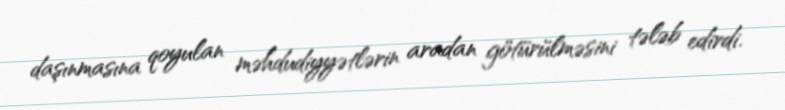
daşınmasına qoyulan məhdudiyyətlərin aradan götürülməsini tələb edirdi.